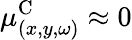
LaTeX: \mu_{(x,y,\omega)}^{\textrm{C}}\approx 0